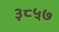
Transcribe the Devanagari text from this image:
३८५७